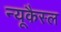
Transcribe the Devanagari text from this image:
न्यूकैस्ल